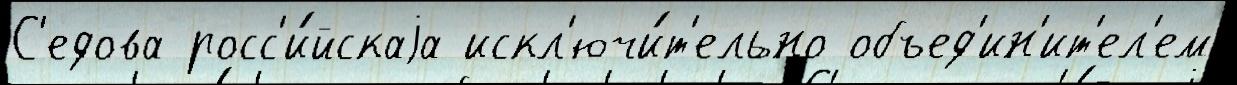
С'едова росс'и́йскаjа искл'ючи́т'ельно объед'ин'ит'ел'ем